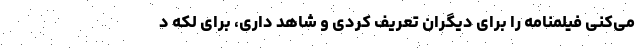
می‌کنی فیلمنامه را برای دیگران تعریف کردی و شاهد داری، برای لکه د